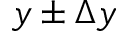
y \pm \Delta y